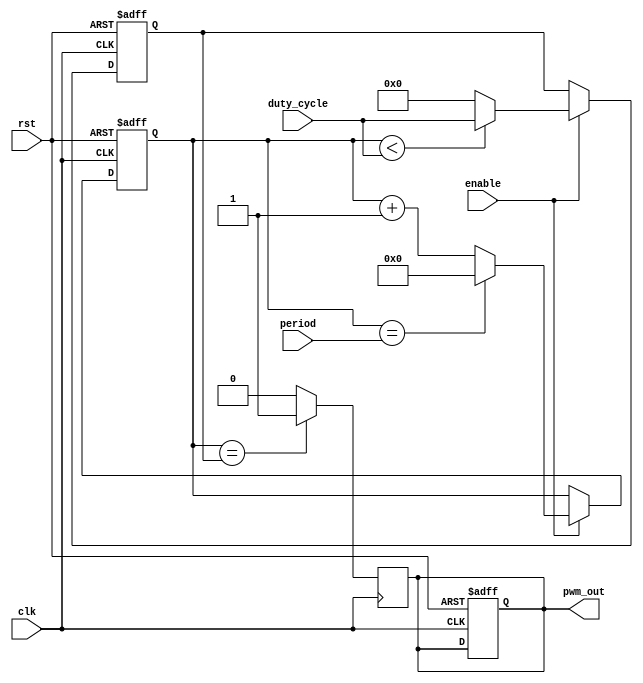
module PWM_timer (
    input wire clk,
    input wire rst,
    input wire enable,
    input wire [7:0] duty_cycle,
    input wire [15:0] period,
    output reg pwm_out
);

reg [15:0] counter;
reg [7:0] compare_val;

always @ (posedge clk or posedge rst) begin
    if (rst) begin
        counter <= 16'h0000;
        compare_val <= 8'h00;
        pwm_out <= 1'b0;
    end else if (enable) begin
        counter <= counter + 1;
        if (counter == period) begin
            counter <= 16'h0000;
        end
        if (counter < duty_cycle) begin
            compare_val <= duty_cycle;
        end else begin
            compare_val <= 8'h00;
        end
    end
end

always @(posedge clk) begin
    if (counter == compare_val) begin
        pwm_out <= 1'b1;
    end else begin
        pwm_out <= 1'b0;
    end
end

endmodule